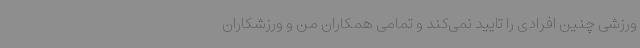
ورزشی چنین افرادی را تایید نمی‌کند و تمامی همکاران من و ورزشکاران